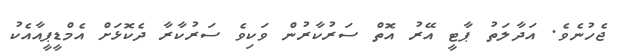
ޖެހުނެވެ. އަދާލަތު ޕާޓީ އޭރު އޮތް ސަރުކާރުން ވަކިވެ ސަރުކާރާ ދެކޮޅަށް އެމްޑީޕީއާއެކު